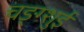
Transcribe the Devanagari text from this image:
चङ्ग्शुई